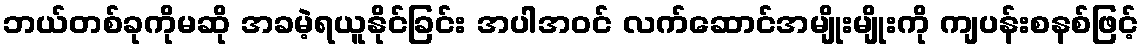
ဘယ်တစ်ခုကိုမဆို အခမဲ့ရယူနိုင်ခြင်း အပါအဝင် လက်ဆောင်အမျိုးမျိုးကို ကျပန်းစနစ်ဖြင့်